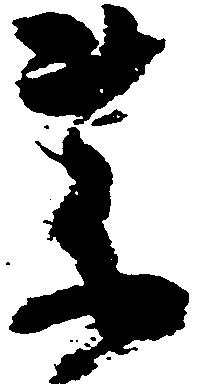
薬